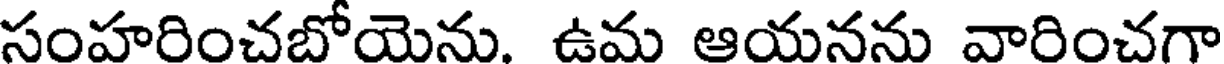
సంహరించబోయెను. ఉమ ఆయనను వారించగా